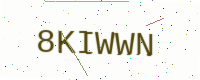
Text: 8KIWWN